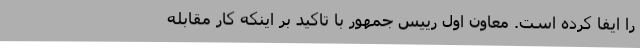
را ایفا کرده است. معاون اول رییس جمهور با تاکید بر اینکه کار مقابله